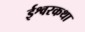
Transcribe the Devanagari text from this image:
ईश्वरकथा